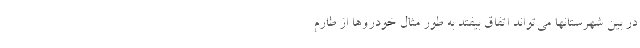
در بین شهرستانها می‌تواند اتفاق بیفتد به طور مثال خودروها از طارم